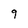
Character: 9